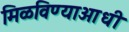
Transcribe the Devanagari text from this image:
मिळविण्याआधी